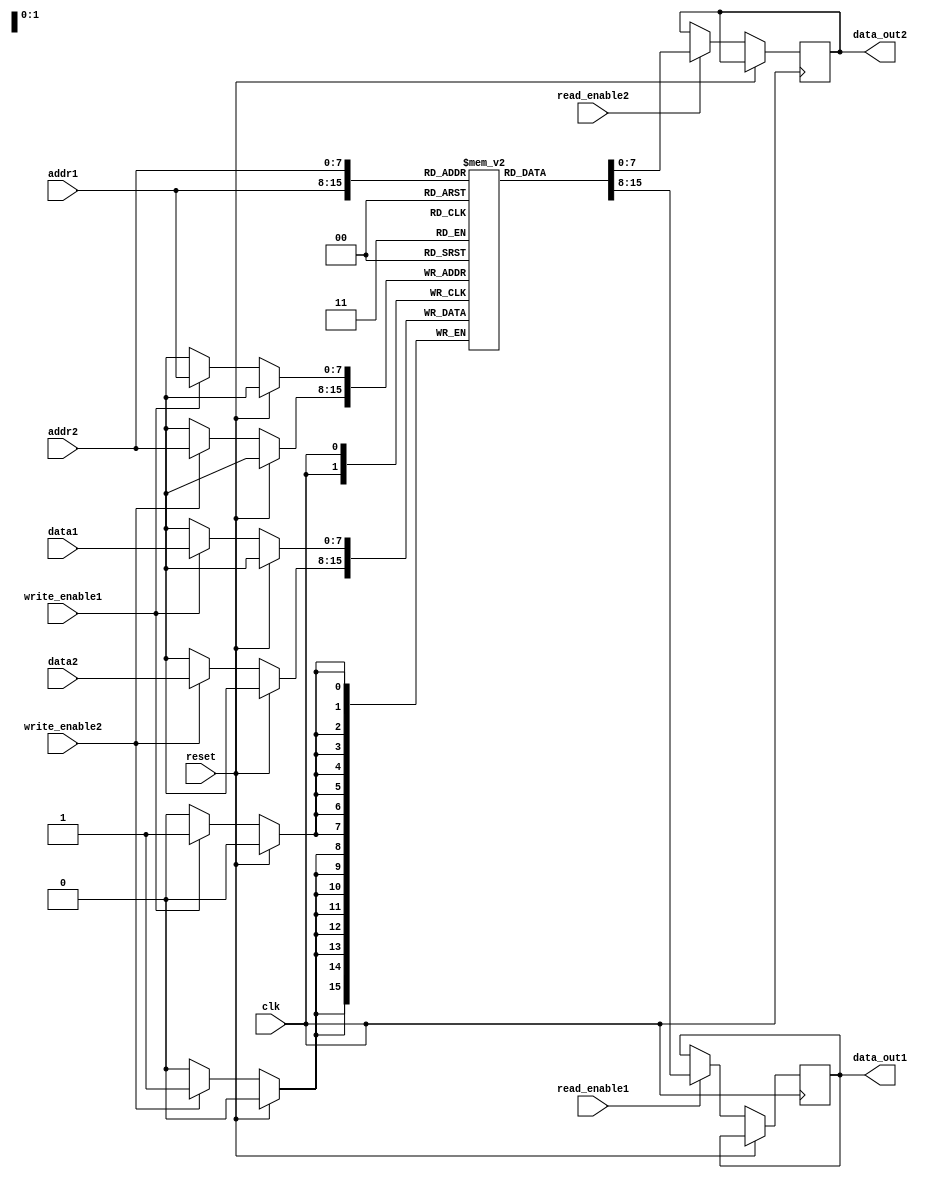
module DualPortRAM(
    input clk,
    input reset,
    input [7:0] addr1,
    input [7:0] addr2,
    input [7:0] data1,
    input [7:0] data2,
    input write_enable1,
    input write_enable2,
    input read_enable1,
    input read_enable2,
    output reg [7:0] data_out1,
    output reg [7:0] data_out2
);

reg [7:0] memory [0:255];
reg [7:0] arb_data;
reg [7:0] direct_data;

always @(posedge clk) begin
    if (reset) begin
        arb_data <= 8'b0;
        direct_data <= 8'b0;
    end else begin
        if (write_enable1) begin
            memory[addr1] <= data1;
        end
        if (read_enable1) begin
            data_out1 <= memory[addr1];
        end
        if (write_enable2) begin
            memory[addr2] <= data2;
        end
        if (read_enable2) begin
            data_out2 <= memory[addr2];
        end
    end
end

endmodule